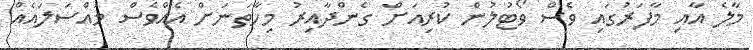
މާލެ އާއި މާފަރުގައި ވެސް ވޯޓުލުން ކުރިއަށް ގެންދާއިރު މިހާތަނަށް އެއްވެސް މައްސަލައެއް